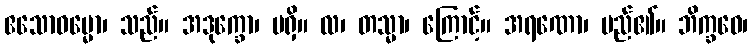
ဧသောဓမ္မော၊ သည်။ အဒုက္ခော၊ မရှိ။ လ၊ တသ္မာ၊ ကြောင့်။ အရဏော၊ မည်၏။ ဘိက္ခဝေ၊